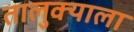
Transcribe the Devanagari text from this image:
तालुक्‍याला